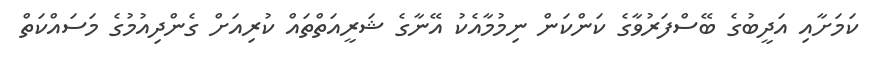
ކަމަށާއި އަދީބުގެ ބޭސްފަރުވާގެ ކަންކަން ނިމުމާއެކު އޭނާގެ ޝަރީއަތްތައް ކުރިއަށް ގެންދިއުމުގެ މަސައްކަތް